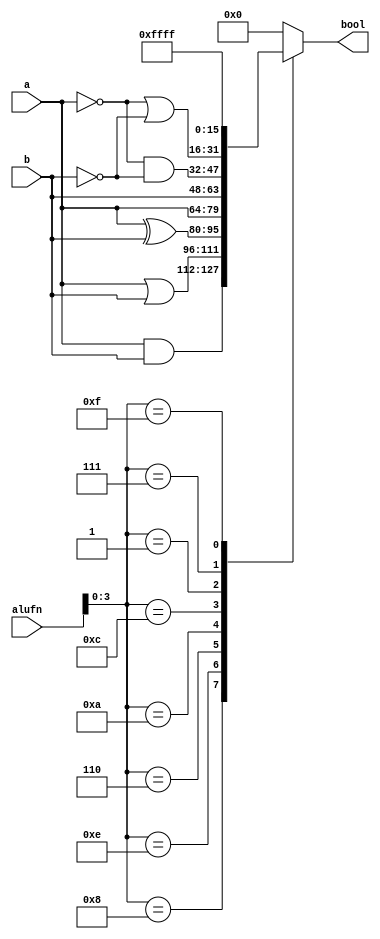
module alu_bool16_43 (
    input [15:0] a,
    input [15:0] b,
    input [5:0] alufn,
    output reg [15:0] bool
  );
  
  
  
  always @* begin
    
    case (alufn[0+3-:4])
      4'h8: begin
        bool = a & b;
      end
      4'he: begin
        bool = a | b;
      end
      4'h6: begin
        bool = a ^ b;
      end
      4'ha: begin
        bool = a;
      end
      4'hc: begin
        bool = b;
      end
      4'h1: begin
        bool = ~a & ~b;
      end
      4'h7: begin
        bool = ~a | ~b;
      end
      4'hf: begin
        bool = 16'hffff;
      end
      default: begin
        bool = 16'h0000;
      end
    endcase
  end
endmodule